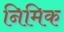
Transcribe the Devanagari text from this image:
निमिक